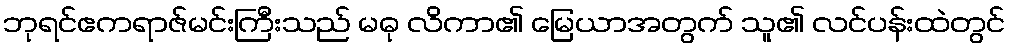
ဘုရင်ဧကရာဇ်မင်းကြီးသည် မဓု လိကာ၏ မြေယာအတွက် သူ၏ လင်ပန်းထဲတွင်